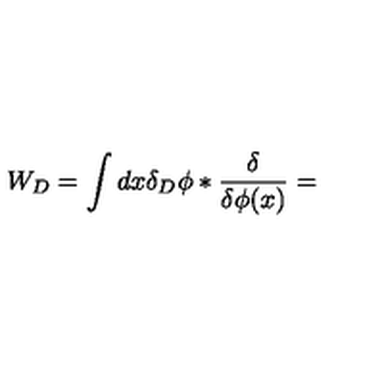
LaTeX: W _ { D } = \int d x \delta _ { D } \phi * { \frac { \delta } { \delta \phi ( x ) } } =